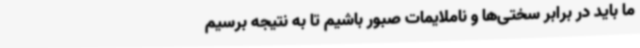
ما باید در برابر سختی‌ها و ناملایمات صبور باشیم تا به نتیجه برسیم